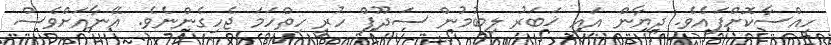
ހިއްސާކޮށްފައެވެ. ދިޔާން އައި ޚަބަރު ލިބުމުން ސަދޫފް ހުރީ ހިތްހަމަ ޖެހިގެންނެވެ. އޭނާއަށްވެސް